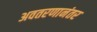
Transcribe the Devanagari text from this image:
अवतरणानंतर